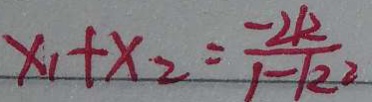
x _ { 1 } + x _ { 2 } = \frac { - 2 R } { 1 - k ^ { 2 } }